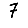
Digit: 7